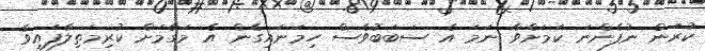
ކުރަން ނުފެންނަ ކަމަށްވާ ނަމަ އެ ސަބަބުވެސް ހިމަނައިގެން އެ މަގާމަށް ކުރިމަތިލާފައިވާ